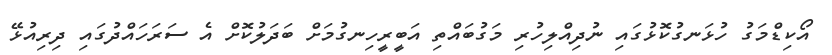
އޯކިޑްމަގު ހުޅަނގުކޮޅުގައި ނުދިއްލިހުރި މަގުބައްތި އަބީރީހިނގުމަށް ބަދަލުކޮށް އެ ސަރަހައްދުގައި ދިރިއުޅޭ